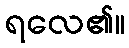
ရလေ၏။